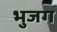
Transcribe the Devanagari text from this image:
भुजग